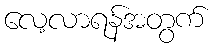
လေ့လာရန်အတွက်